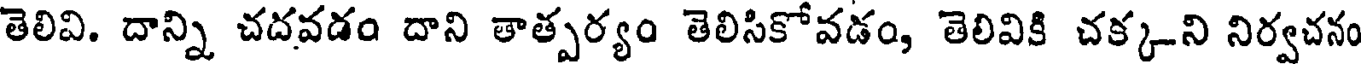
తెలివి. దాన్ని చదవడం దాని తాత్పర్యం తెలిసికోవడం, తెలివికి చక్కని నిర్వచనం